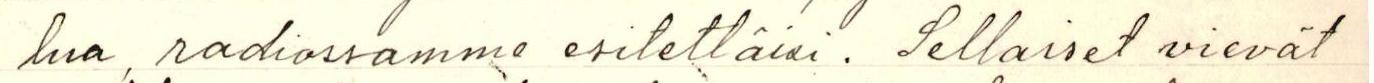
lua, radiossamme esitettäisi. Sellaiset vievät